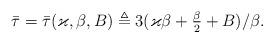
LaTeX: \begin{align*}\bar{\tau}=\bar{\tau}(\varkappa,\beta,B)\triangleq 3(\varkappa\beta+\tfrac{\beta}{2}+B)/\beta.\end{align*}